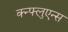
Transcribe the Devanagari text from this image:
क्न्फ्लुएन्स